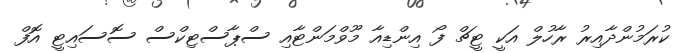
ކުރަމުންދާއިރު ރާހުލް އަކީ ޓީޗް ފޯ އިންޑިއާ މޫވްމަންޓާއި ސްޕާސްޓިކްސް ސޮސައިޓީ އޮފް